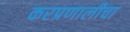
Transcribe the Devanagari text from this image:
करप्रणालीचा